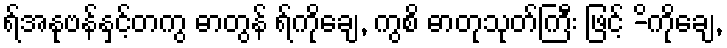
ရ်အနုဗန်နှင့်တကွ ဓာတွန် ရ်ကိုချေ, ကွစိ ဓာတုသုတ်ကြီး ဖြင့် -ိကိုချေ,